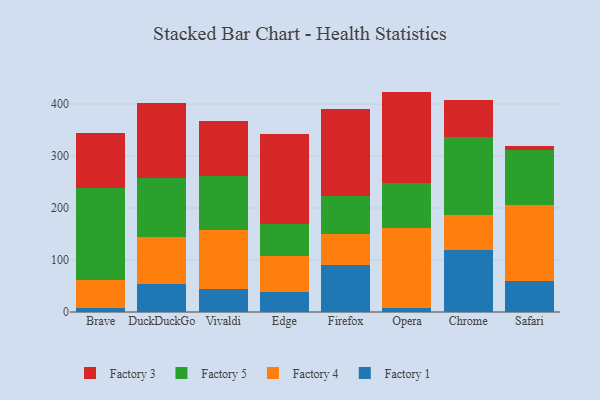
{"axis": {"x": "Browser", "y": "Conversion Rate (%)"}, "legend": ["Factory 1", "Factory 3", "Factory 4", "Factory 5"], "data": [{"x": "Brave", "y": 8.6, "type": "Factory 1"}, {"x": "Brave", "y": 52.2, "type": "Factory 4"}, {"x": "Brave", "y": 177.3, "type": "Factory 5"}, {"x": "Brave", "y": 106.0, "type": "Factory 3"}, {"x": "DuckDuckGo", "y": 54.5, "type": "Factory 1"}, {"x": "DuckDuckGo", "y": 90.0, "type": "Factory 4"}, {"x": "DuckDuckGo", "y": 113.4, "type": "Factory 5"}, {"x": "DuckDuckGo", "y": 144.1, "type": "Factory 3"}, {"x": "Vivaldi", "y": 44.6, "type": "Factory 1"}, {"x": "Vivaldi", "y": 114.0, "type": "Factory 4"}, {"x": "Vivaldi", "y": 103.2, "type": "Factory 5"}, {"x": "Vivaldi", "y": 106.3, "type": "Factory 3"}, {"x": "Edge", "y": 37.7, "type": "Factory 1"}, {"x": "Edge", "y": 70.2, "type": "Factory 4"}, {"x": "Edge", "y": 61.7, "type": "Factory 5"}, {"x": "Edge", "y": 172.4, "type": "Factory 3"}, {"x": "Firefox", "y": 90.5, "type": "Factory 1"}, {"x": "Firefox", "y": 58.9, "type": "Factory 4"}, {"x": "Firefox", "y": 73.5, "type": "Factory 5"}, {"x": "Firefox", "y": 168.1, "type": "Factory 3"}, {"x": "Opera", "y": 7.1, "type": "Factory 1"}, {"x": "Opera", "y": 154.0, "type": "Factory 4"}, {"x": "Opera", "y": 86.4, "type": "Factory 5"}, {"x": "Opera", "y": 176.5, "type": "Factory 3"}, {"x": "Chrome", "y": 118.9, "type": "Factory 1"}, {"x": "Chrome", "y": 67.4, "type": "Factory 4"}, {"x": "Chrome", "y": 149.8, "type": "Factory 5"}, {"x": "Chrome", "y": 72.1, "type": "Factory 3"}, {"x": "Safari", "y": 60.6, "type": "Factory 1"}, {"x": "Safari", "y": 145.6, "type": "Factory 4"}, {"x": "Safari", "y": 104.9, "type": "Factory 5"}, {"x": "Safari", "y": 9.1, "type": "Factory 3"}]}